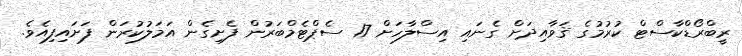
ރީބްރޯޑްކާސްޓް ކުރުމުގެ ޤަވާއިދަށް ގެނައި އިސްލާހަށް 17 ސެޕްޓެމްބަރުން ފެށިގެން އަމަލުކުރަން ފަށައިފިއެވެ.